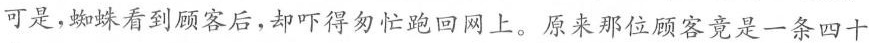
可是，蜘蛛看到顾客后，却吓得匆忙跑回网上。原来那位顾客竟是一条四十